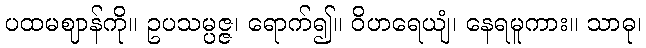
ပထမဈာန်ကို။ ဥပသမ္ပဇ္ဇ၊ ရောက်၍။ ဝိဟရေယျံ၊ နေရမူကား။ သာဓု၊